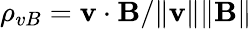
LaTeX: \rho_{vB}=\mathbf{v}\cdot\mathbf{B}/\lVert\mathbf{v}\rVert\lVert\mathbf{B}\rVert